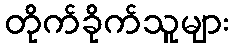
တိုက်ခိုက်သူများ